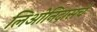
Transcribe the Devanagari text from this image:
लिओनिदासचे